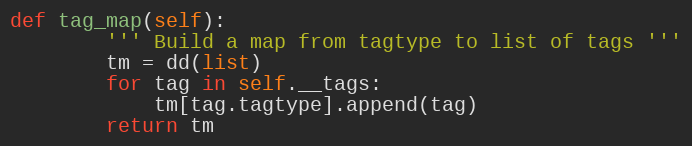
Language: Python
def tag_map(self):
        ''' Build a map from tagtype to list of tags '''
        tm = dd(list)
        for tag in self.__tags:
            tm[tag.tagtype].append(tag)
        return tm